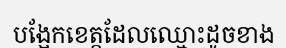
បង្អែកខេត្តដែលឈ្មោះដូចខាង